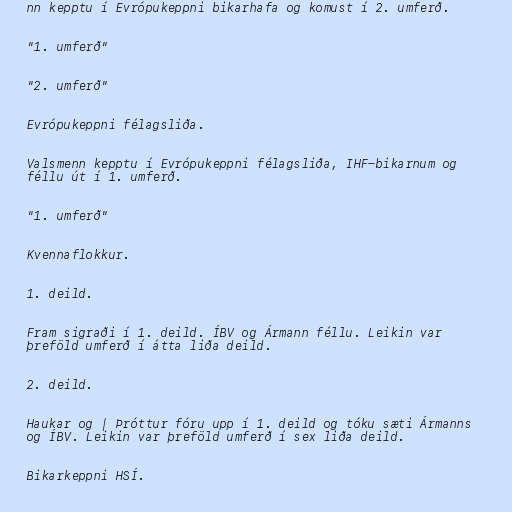
nn kepptu í Evrópukeppni bikarhafa og komust í 2. umferð.

"1. umferð"

"2. umferð"

Evrópukeppni félagsliða.

Valsmenn kepptu í Evrópukeppni félagsliða, IHF-bikarnum og
féllu út í 1. umferð.

"1. umferð"

Kvennaflokkur.

1. deild.

Fram sigraði í 1. deild. ÍBV og Ármann féllu. Leikin var
þreföld umferð í átta liða deild.

2. deild.

Haukar og | Þróttur fóru upp í 1. deild og tóku sæti Ármanns
og ÍBV. Leikin var þreföld umferð í sex liða deild.

Bikarkeppni HSÍ.